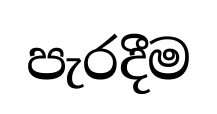
පැරදීම